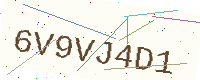
Text: 6V9VJ4D1